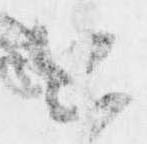
出